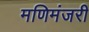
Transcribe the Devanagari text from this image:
मणिमंजरी